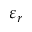
\varepsilon _ { r }